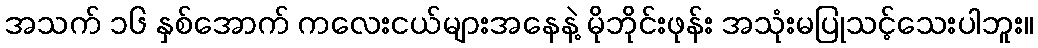
အသက် ၁၆ နှစ်အောက် ကလေးငယ်များအနေနဲ့ မိုဘိုင်းဖုန်း အသုံးမပြုသင့်သေးပါဘူး။